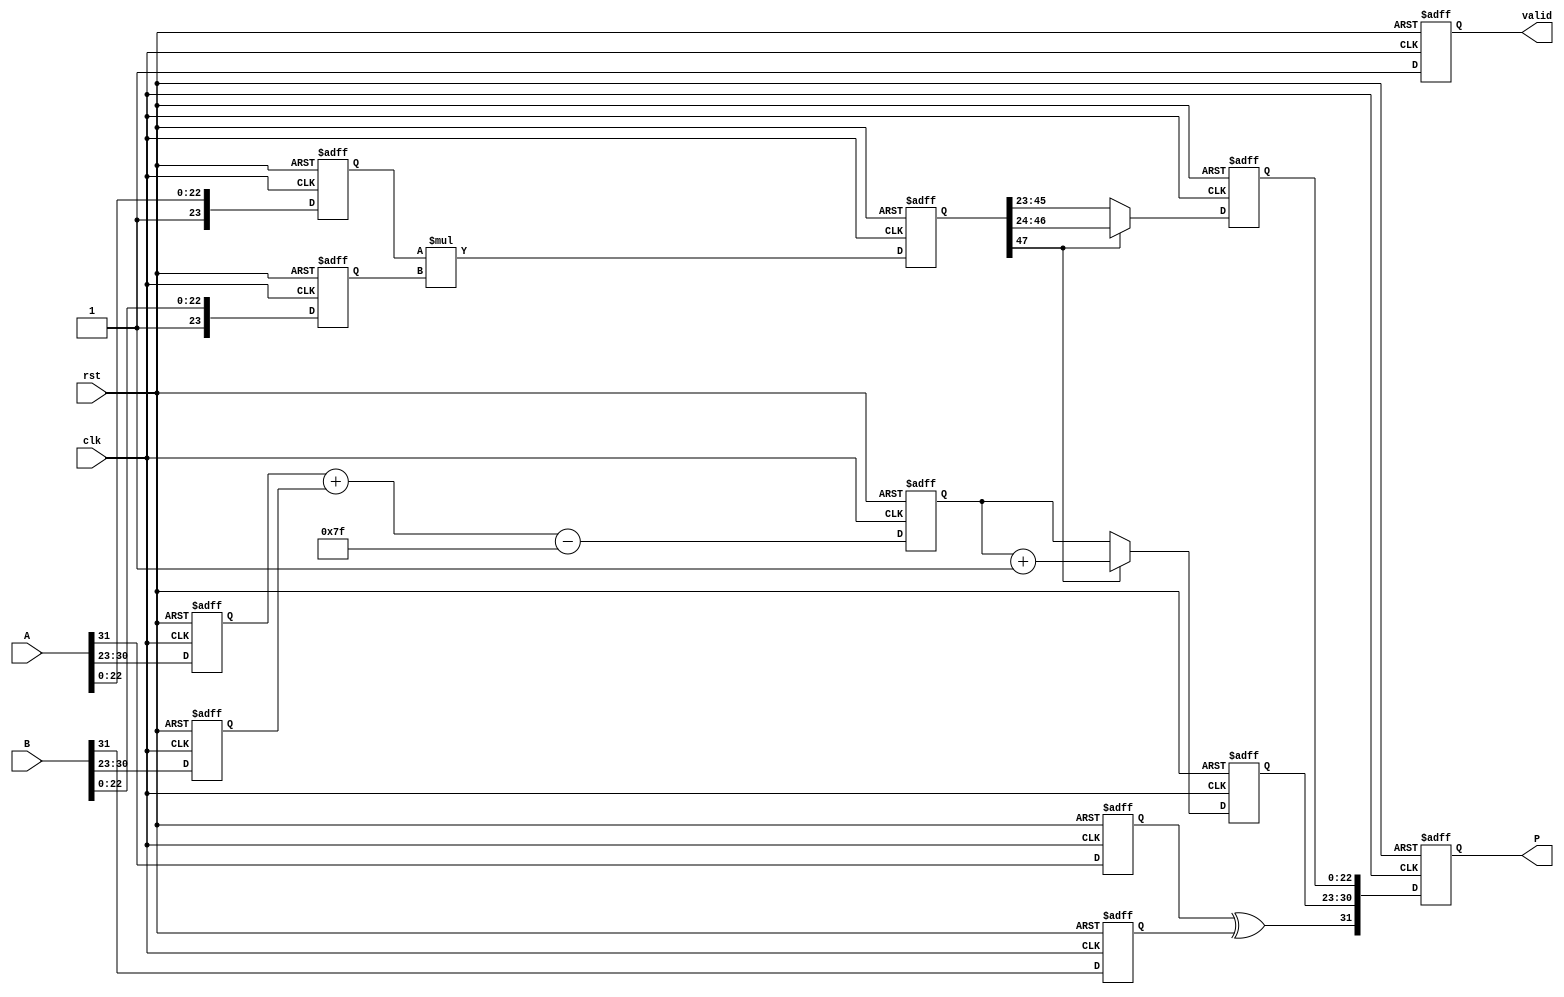
module fp_mult_pipeline (
    input wire clk,
    input wire rst,
    input wire [31:0] A,
    input wire [31:0] B,
    output reg [31:0] P,
    output reg valid
);

    // Constants
    localparam BIAS = 8'd127;

    // Stage 1: Decomposition
    reg sA, sB;
    reg [7:0] eA, eB;
    reg [23:0] mA, mB; // 23 bits for mantissa + implicit bit

    // Stage 2: Exponent Calculation
    reg [7:0] eP;
    
    // Stage 3: Mantissa Multiplication
    reg [47:0] mP; // 24 bits * 24 bits = 48 bits

    // Stage 4: Normalization
    reg [22:0] norm_mP;
    reg [7:0] norm_eP;

    // Stage 5: Result Assembly
    always @(posedge clk or posedge rst) begin
        if (rst) begin
            // Reset all pipeline registers and output
            sA <= 0; sB <= 0;
            eA <= 0; eB <= 0;
            mA <= 0; mB <= 0;
            eP <= 0;
            mP <= 0;
            norm_mP <= 0;
            norm_eP <= 0;
            P <= 0;
            valid <= 0;
        end else begin
            // Stage 1: Decompose inputs
            sA <= A[31];
            sB <= B[31];
            eA <= A[30:23];
            eB <= B[30:23];
            mA <= {1'b1, A[22:0]}; // Include implicit leading 1
            mB <= {1'b1, B[22:0]}; // Include implicit leading 1

            // Stage 2: Calculate exponent
            eP <= eA + eB - BIAS;

            // Stage 3: Multiply mantissas
            mP <= mA * mB;

            // Stage 4: Normalize the result
            if (mP[47] == 1) begin
                norm_mP <= mP[46:24]; // Shift right, normalize
                norm_eP <= eP + 1;
            end else begin
                norm_mP <= mP[45:23]; // Already normalized
                norm_eP <= eP;
            end
            
            // Stage 5: Assemble final output
            P <= {sA ^ sB, norm_eP, norm_mP};
            valid <= 1; // Indicate valid output
        end
    end
endmodule